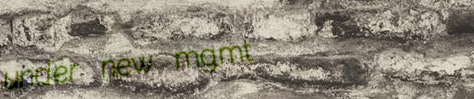
under new mgmt